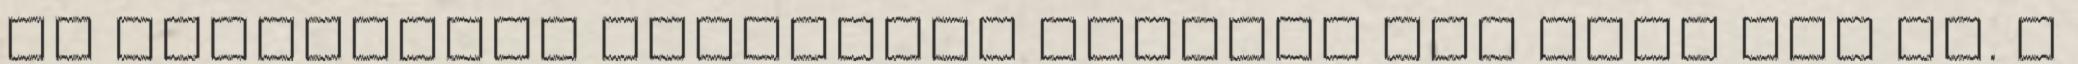
az átvételtől számított minimum egy évig még jó. A